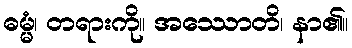
ဓမ္မံ၊ တရားကို။ အဿောတိ၊ နာ၏။